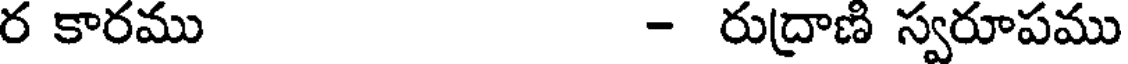
ర కారము - రుద్రాణి స్వరూపము